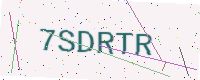
Text: 7SDRTR